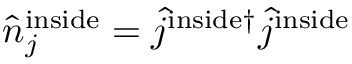
\hat { n } _ { j } ^ { \mathrm { { i n s i d e } } } = \hat { j } ^ { \mathrm { { i n s i d e } \dagger } } \hat { j } ^ { \mathrm { { i n s i d e } } }